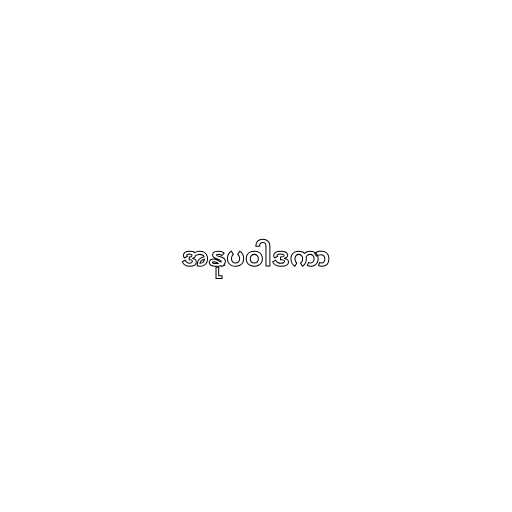
အနုပဝါဒကာ